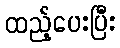
ထည့်ပေးပြီး